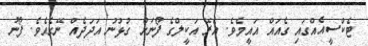
ޓެކްސީއެއްގައި ގެއައް އައީމެވެ. އެރޭ އަކީލްގެ ފޯނަށް ގުޅުނު އަދަދެއް ނޭގެއެވެ. ފޯނު